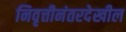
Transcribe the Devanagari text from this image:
निवृत्तीनंतरदेखील